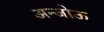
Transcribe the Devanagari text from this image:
अन्जोऊ